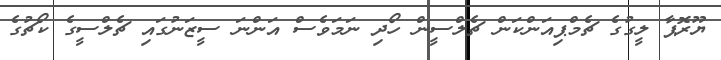
ޔޫރޮޕާ ލީގުގެ ޗެމްޕިއަންކަން ޗެލްސީން ހޯދި ނަމަވެސް އަންނަ ސީޒަނުގައި ޗެލްސީގެ ކޯޗުގެ